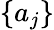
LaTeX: \{ a_{j}\}